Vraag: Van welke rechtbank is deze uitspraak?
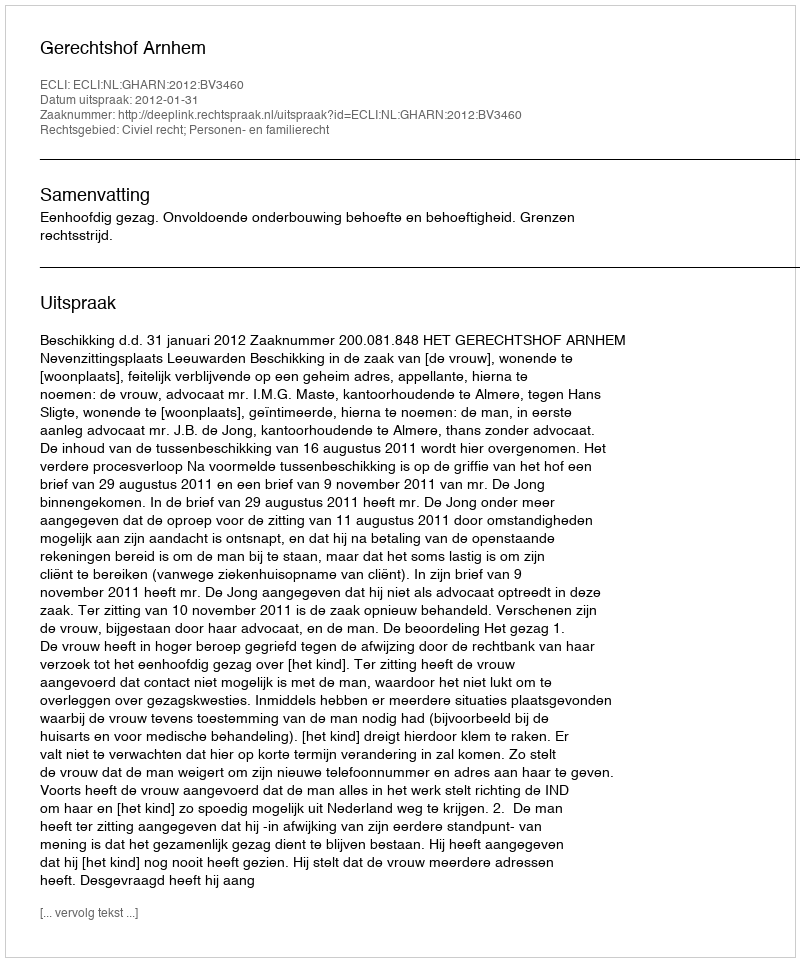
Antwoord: Gerechtshof Arnhem